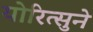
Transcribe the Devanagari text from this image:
योरित्सुने